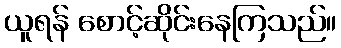
ယူရန် စောင့်ဆိုင်းနေကြသည်။